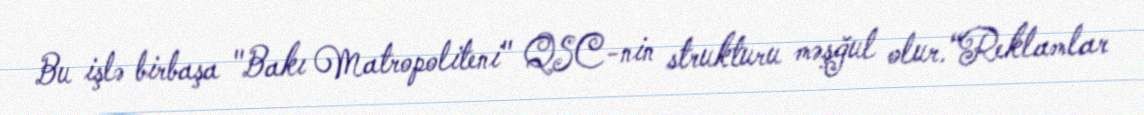
Bu işlə birbaşa "Bakı Matropoliteni" QSC-nin strukturu məşğul olur.“Reklamlar